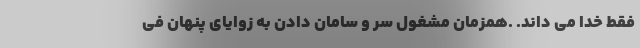
فقط خدا می داند. .همزمان مشغول سر و سامان دادن به زوایای پنهان فی